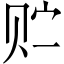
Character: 贮